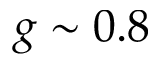
g \sim 0 . 8